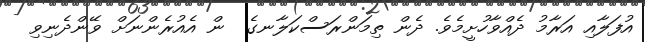
އުފަލާއި އަރާމު ދެއްވާހުށީމެވެ. ދެން ތިމަންރަސްކަލާނގެ  ން އެއުރެންނަށް ވޭންދެނިވި